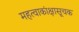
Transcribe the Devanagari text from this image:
महत्वाकांक्षासूचक